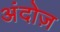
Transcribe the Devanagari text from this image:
अंदोज़